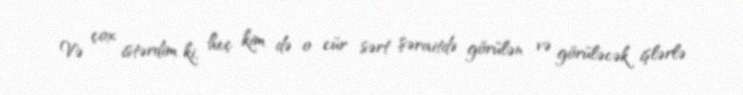
Və çox istərdim ki, heç kim də o cür sərt şəraitdə görülən və görüləcək işlərlə